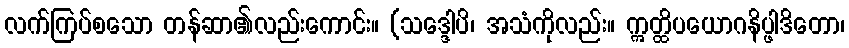
လက်ကြပ်စသော တန်ဆာ၏လည်းကောင်း။ (သဒ္ဒေါပိ၊ အသံကိုလည်း။ ဣတ္ထိပယောဂနိပ္ဖါဒိတော၊